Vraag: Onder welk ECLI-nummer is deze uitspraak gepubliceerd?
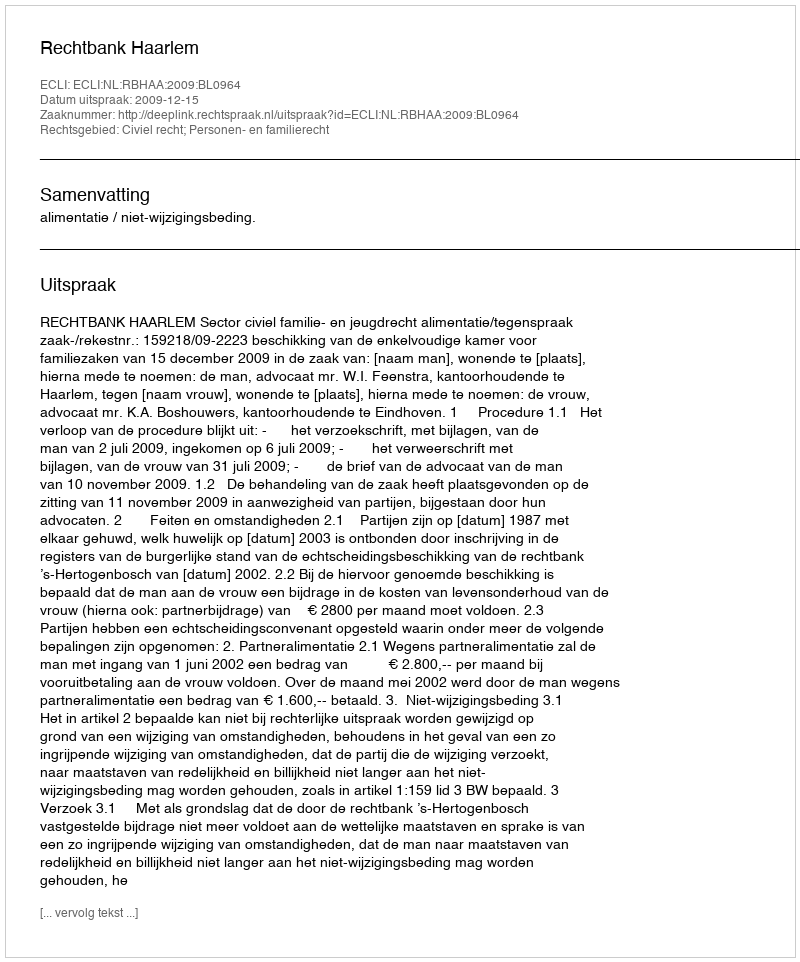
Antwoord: ECLI:NL:RBHAA:2009:BL0964